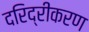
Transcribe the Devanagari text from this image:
दरिद्रीकरण